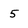
Character: 5